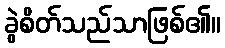
ခွဲစိတ်သည်သာဖြစ်၏။